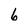
Character: 6